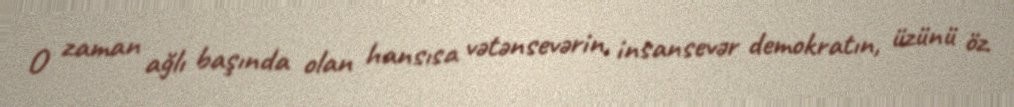
O zaman ağlı başında olan hansısa vətənsevərin, insansevər demokratın, üzünü öz